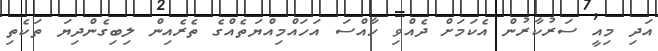
އަދި މިއީ ސަރުކާރުން އެކަމަށް ދެއްވި ހާއްސަ އަހައްމިއްޔަތެއްގެ ތެރެއިން ލިބިގެންދިޔަ ތަކެތި